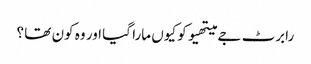
رابرٹ جے میتھیو کو کیوں مارا گیا اور وہ کون تھا ؟